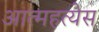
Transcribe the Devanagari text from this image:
आत्महत्येस